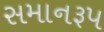
સમાનરૂપ